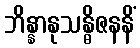
ဘိန္နာနုသန္ဓိဇနနိံ